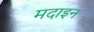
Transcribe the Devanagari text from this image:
मदाइन